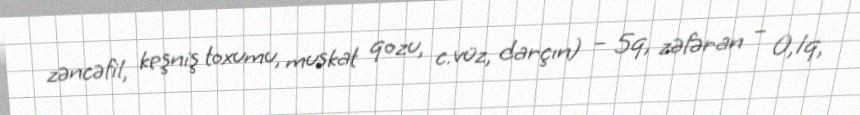
zəncəfil, keşniş toxumu, muskat qozu, c.vüz, darçın) – 5q, zəfəran – 0,1q,